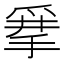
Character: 𰠂